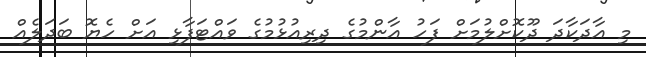
މި އާދަކާދަ ދޫކޮށްލުމަށް ފަހު އާންމުގެ ދިރިއުޅުމުގެ ވައްޓަފާޅި އަށް ހެޔޮ ބަދަލެއް